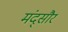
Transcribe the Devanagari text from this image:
मंद्सौर